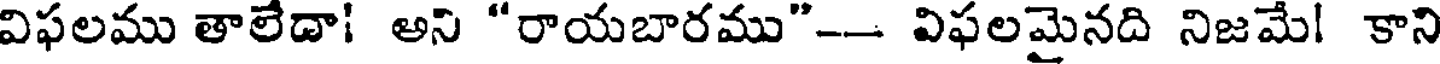
విఫలము తాలేదా! అని "రాయబారము"-- విఫలమైనది నిజమే! కాని